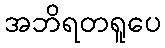
အဘိရတရူပေ